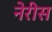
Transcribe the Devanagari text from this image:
नेरीस